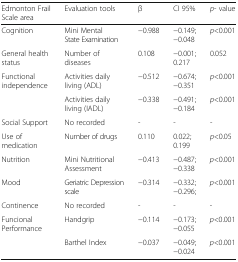
<table><thead><tr><td><b>Edmonton Frail Scale area</b></td><td><b>Evaluation tools</b></td><td><b>β</b></td><td><b>CI 95%</b></td><td><b><i>p</i>- value</b></td></tr></thead><tbody><tr><td>Cognition</td><td>Mini Mental State Examination</td><td>−0.988</td><td>−0.149; −0.048</td><td><i>p</i>&lt;0.001</td></tr><tr><td>General health status</td><td>Number of diseases</td><td>0.108</td><td>−0.001; 0.217</td><td>0.052</td></tr><tr><td rowspan="2">Functional independence</td><td>Activities daily living (ADL)</td><td>−0.512</td><td>−0.674; −0.351</td><td><i>p</i>&lt;0.001</td></tr><tr><td>Activities daily living (IADL)</td><td>−0.338</td><td>−0.491; −0.184</td><td><i>p</i>&lt;0.001</td></tr><tr><td>Social Support</td><td>No recorded</td><td>-</td><td>-</td><td>-</td></tr><tr><td>Use of medication</td><td>Number of drugs</td><td>0.110</td><td>0.022; 0.199</td><td><i>p</i>&lt;0.05</td></tr><tr><td>Nutrition</td><td>Mini Nutritional Assessment</td><td>−0.413</td><td>−0.487; −0.338</td><td><i>p</i>&lt;0.001</td></tr><tr><td>Mood</td><td>Geriatric Depression scale</td><td>−0.314</td><td>−0.332; −0.296;</td><td><i>p</i>&lt;0.001</td></tr><tr><td>Continence</td><td>No recorded</td><td>-</td><td>-</td><td>-</td></tr><tr><td rowspan="2">Funcional Performance</td><td>Handgrip</td><td>−0.114</td><td>−0.173; −0.055</td><td><i>p</i>&lt;0.001</td></tr><tr><td>Barthel Index</td><td>−0.037</td><td>−0.049; −0.024</td><td><i>p</i>&lt;0.001</td></tr></tbody></table>